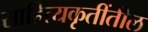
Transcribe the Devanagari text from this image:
साहित्यकृतींतील